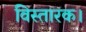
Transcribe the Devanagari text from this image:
विस्तारक।